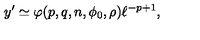
y ^ { \prime } \simeq \varphi ( p , q , n , \phi _ { 0 } , \rho ) \ell ^ { - p + 1 } ,